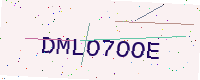
Text: DMLO7OOE